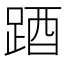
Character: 𨁪